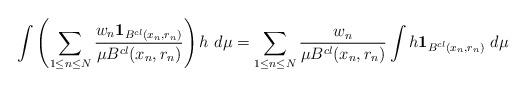
LaTeX: \begin{align*}\int \left( \sum_{1 \le n \le N}\frac{w_n \mathbf{1}_{B^{cl} (x_{n}, r_{n})} }{\mu B^{cl} (x_{n}, r_{n})} \right) h \ d\mu =\sum_{1 \le n \le N}\frac{w_n }{\mu B^{cl} (x_{n}, r_{n})} \int h \mathbf{1}_{B^{cl} (x_{n}, r_{n})} \ d\mu\end{align*}